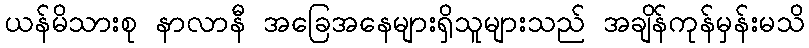
ယန်မိသားစု နာလာနီ အခြေအနေများရှိသူများသည် အချိန်ကုန်မှန်းမသိ